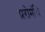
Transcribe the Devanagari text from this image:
प्ररोमंथि